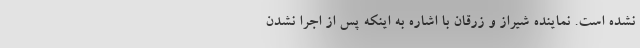
نشده است. نماینده شیراز و زرقان با اشاره به اینکه پس از اجرا نشدن